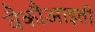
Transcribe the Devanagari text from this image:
वैकौआइती